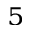
_ 5